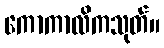
ကောကာလိကသုတ်။